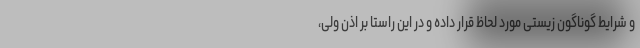
و شرایط گوناگون زیستی مورد لحاظ قرار داده و در این راستا بر اذن ولی،